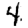
Digit: 4